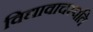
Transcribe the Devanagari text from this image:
विद्यावाचस्‍पति